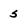
Character: s